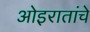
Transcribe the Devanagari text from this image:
ओइरातांचे